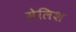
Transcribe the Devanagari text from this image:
मेलिश